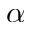
\alpha